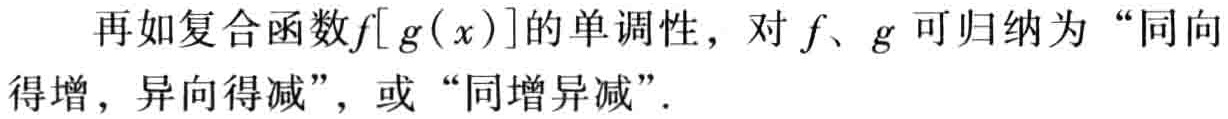
再如复合函数\(f[g(x)]\)的单调性，对\(f\)、\(g\)可归纳为“同向得增，异向得减”，或“同增异减”．